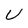
Character: U